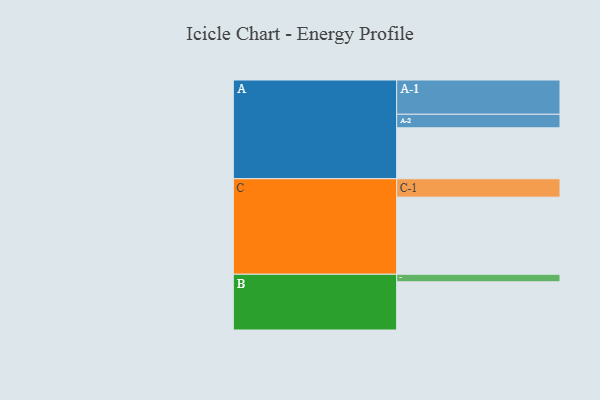
{"axis": {"x": "Segment", "y": "Value"}, "legend": ["", "A", "B", "C"], "data": [{"x": "A", "y": 379, "type": ""}, {"x": "B", "y": 359, "type": ""}, {"x": "C", "y": 574, "type": ""}, {"x": "A-1", "y": 255, "type": "A"}, {"x": "A-2", "y": 101, "type": "A"}, {"x": "B-1", "y": 56, "type": "B"}, {"x": "C-1", "y": 137, "type": "C"}]}